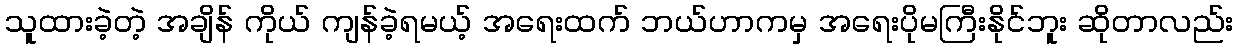
သူထားခဲ့တဲ့ အချိန် ကိုယ် ကျန်ခဲ့ရမယ့် အရေးထက် ဘယ်ဟာကမှ အရေးပိုမကြီးနိုင်ဘူး ဆိုတာလည်း